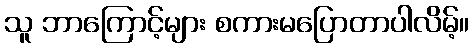
သူ ဘာကြောင့်များ စကားမပြောတာပါလိမ့်။